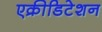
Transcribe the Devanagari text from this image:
एक्रीडिटेशन